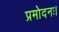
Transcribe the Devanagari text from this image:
प्रमोदनः।